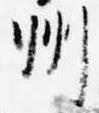
州